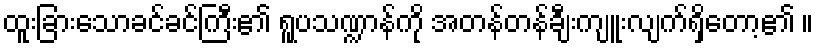
ထူးခြားသောခင်ခင်ကြီး၏ ရူပသဏ္ဍာန်ကို အတန်တန်ချီးကျူးလျက်ရှိတော့၏ ။